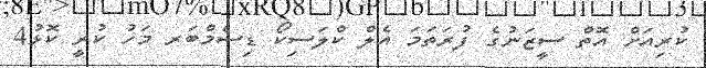
ކުރިއަށް އޮތް ސީޒަނުގެ ފުރަތަމަ އެލް ކްލަސިކޯ ޑިސެމްބަރ މަހު ކުރީ ކޮޅު4